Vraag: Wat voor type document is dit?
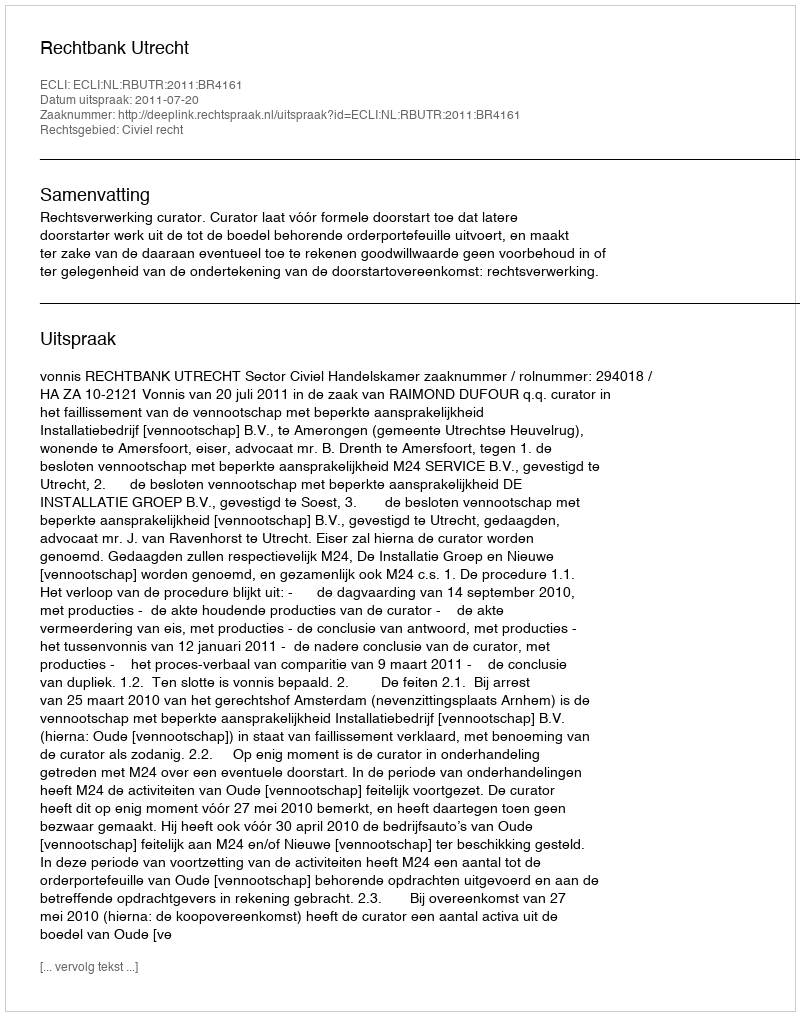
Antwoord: Uitspraak